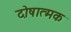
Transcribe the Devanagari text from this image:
दोषात्मक